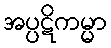
အပ္ပဋိကမ္မာ